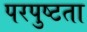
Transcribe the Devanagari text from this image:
परपुष्टता